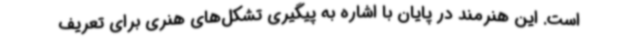
است. این هنرمند در پایان با اشاره به پیگیری تشکل‌های هنری برای تعریف